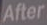
After